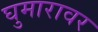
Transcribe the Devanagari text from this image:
घुमारावर